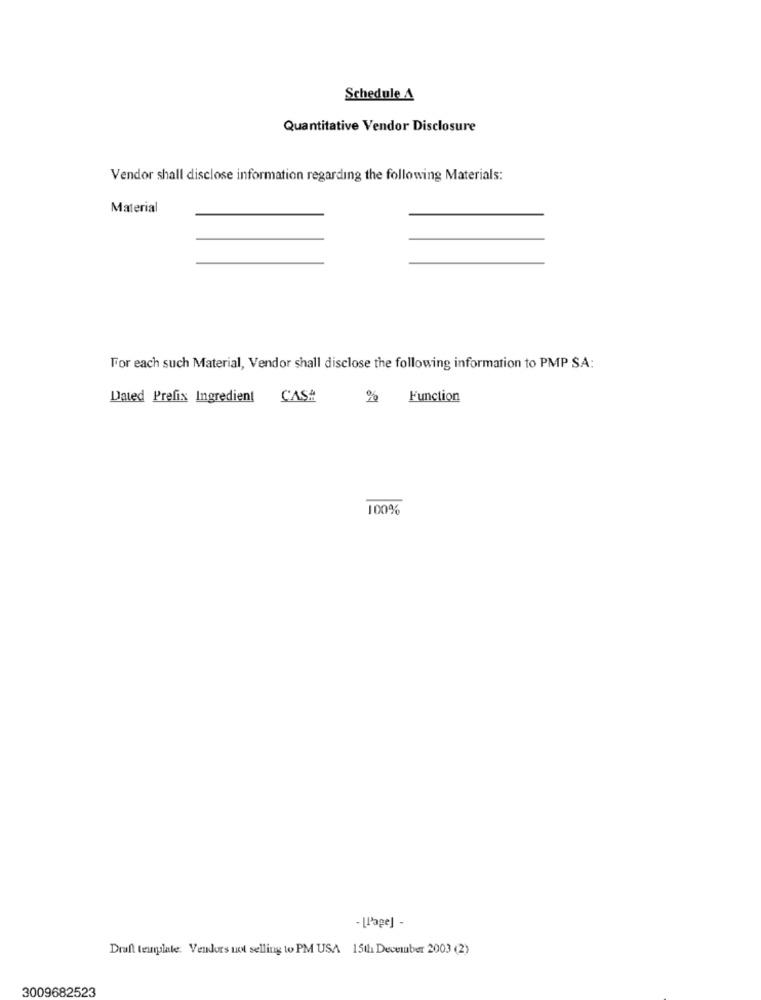
Schedule A
Quantitative Vendor Disclosure
Vendor shall disclose information regarding the following Materials:
Material
For each such Material, Vendor shall disclose the following information to PMP SA:
Dated Prefix Ingredient CAS#
%
Function
100%
- [Page] -
Draft template. Vendors not selling to PM USA 15th December 2003 (2)
3009682523